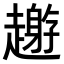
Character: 𧾅